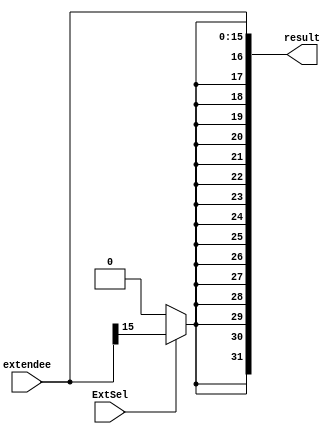
`timescale 1ns / 1ps
//////////////////////////////////////////////////////////////////////////////////
// Company: 
// Engineer: 
// 
// Design Name: 
// Module Name: extend16to32
// Project Name: 
// Target Devices: 
// Tool Versions: 
// Description: 
// 
// Dependencies: 
// 
// Revision:
// Revision 0.01 - File Created
// Additional Comments:
// 
//////////////////////////////////////////////////////////////////////////////////


module extend16to32(
    // input
    input [15:0] extendee,
    input ExtSel,
    // output
    output reg[31:0] result
    );

    integer i;
    // assign result[15:0] = extendee[15:0];
    // assign result[32:16] = 0;

    always @(ExtSel or extendee) begin
            for(i = 0; i < 16; i = i + 1) begin
                result[i] <= extendee[i];
            end 
            // 
            if(ExtSel) begin
                for(i = 16; i < 32; i = i + 1) begin
                    result[i] = extendee[15];
                end 
            end else begin 
                for(i = 16; i < 32; i = i + 1) begin
                    result[i] = 0;
                end
            end
    end

endmodule